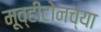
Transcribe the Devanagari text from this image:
मूव्हीटोनच्या